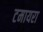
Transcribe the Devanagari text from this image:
टमायरा